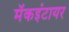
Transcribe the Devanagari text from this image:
मॅकइंटायर